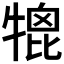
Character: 𤚪